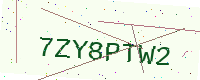
Text: 7ZY8PTW2